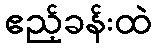
ဧည့်ခန်းထဲ